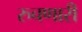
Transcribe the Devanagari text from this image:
रुचणारी